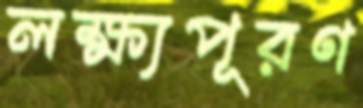
লক্ষ্যপূরণ